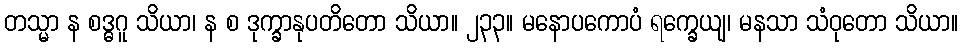
တသ္မာ န စဒ္ဓဂူ သိယာ၊ န စ ဒုက္ခာနုပတိတော သိယာ။ ၂၃၃။ မနောပကောပံ ရက္ခေယျ၊ မနသာ သံဝုတော သိယာ။